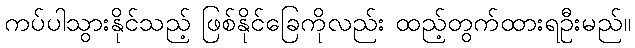
ကပ်ပါသွားနိုင်သည့် ဖြစ်နိုင်ခြေကိုလည်း ထည့်တွက်ထားရဦးမည်။